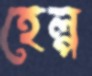
হেল্প